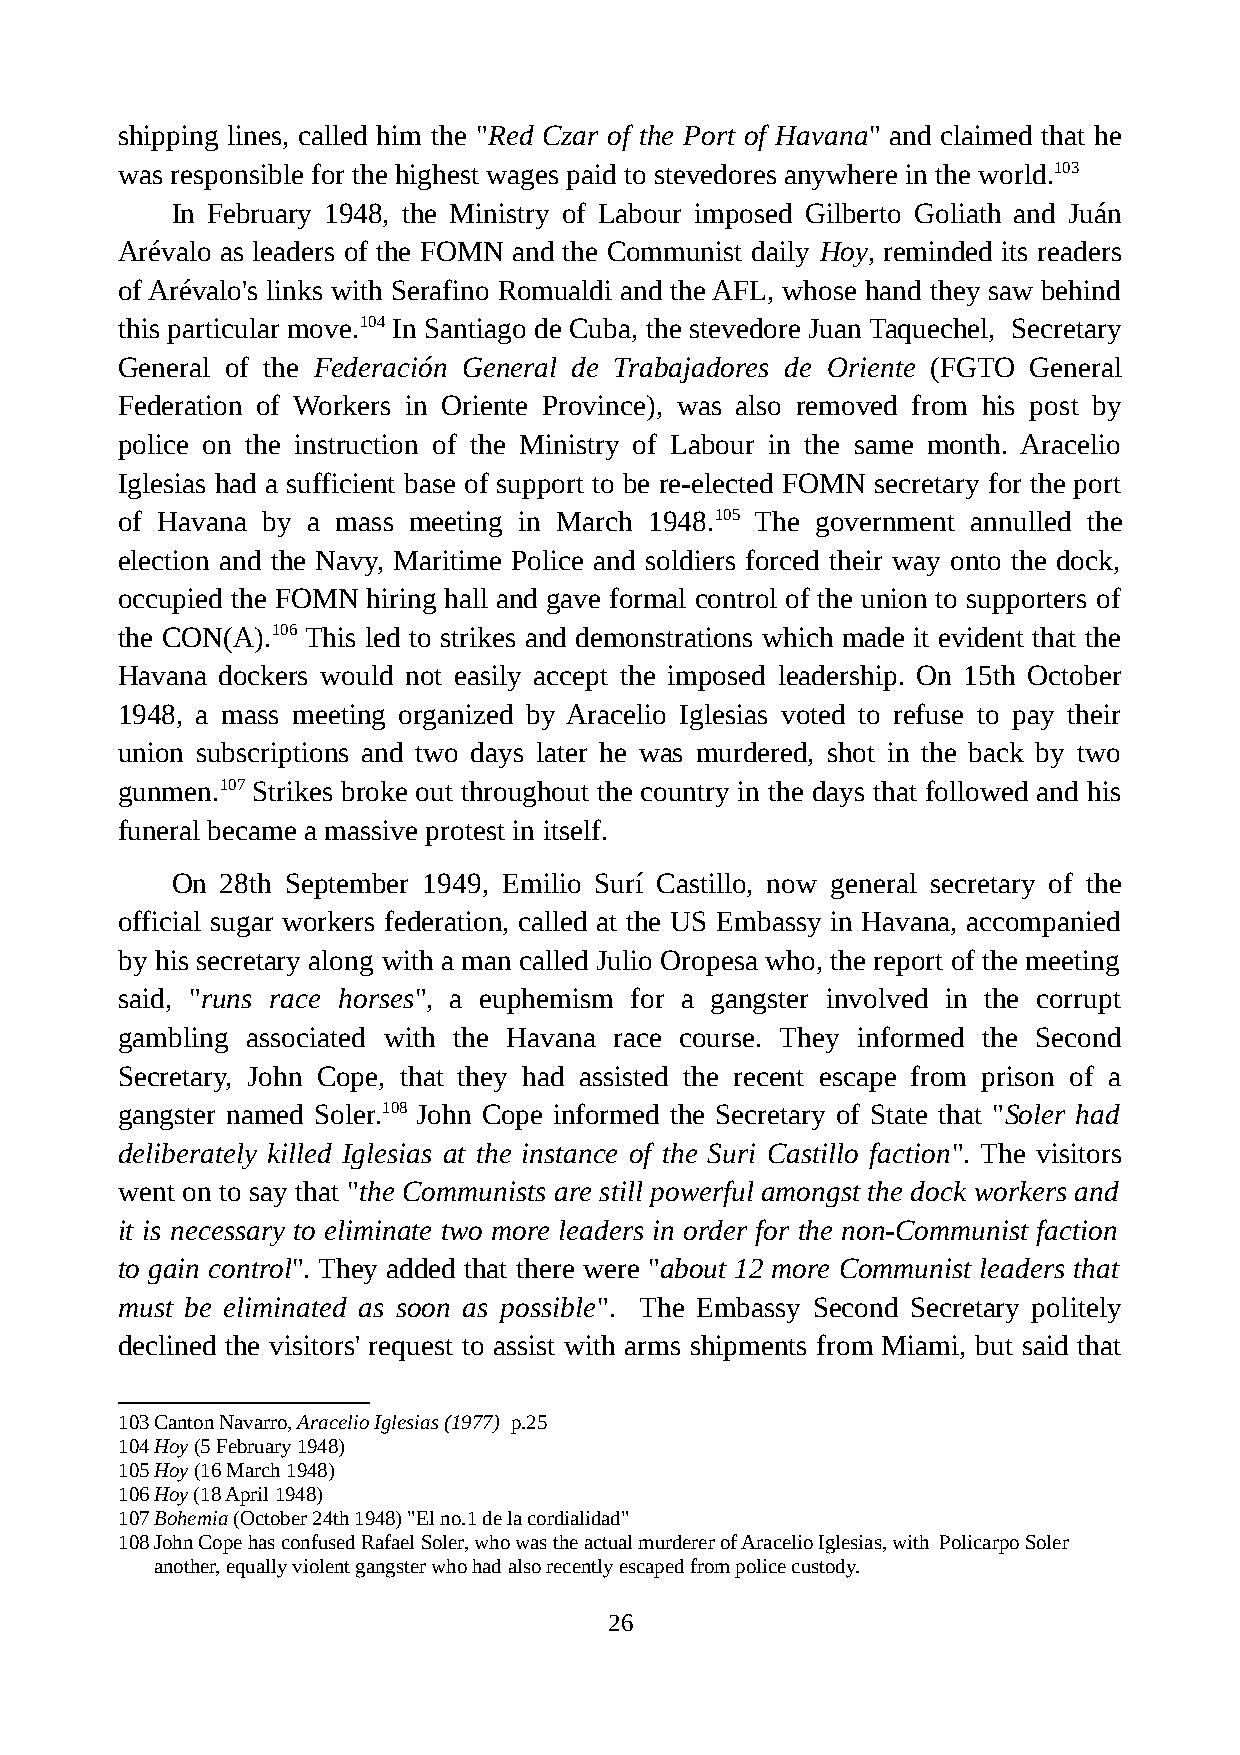
shipping lines, called him the "Red Czar of the Port of Havana" and claimed that he
 was responsible for the highest wages paid to stevedores anywhere in the world.103
 In February 1948, the Ministry of Labour imposed Gilberto Goliath and Juán
 Arévalo as leaders of the FOMN and the Communist daily Hoy, reminded its readers
 of Arévalo's links with Serafino Romualdi and the AFL, whose hand they saw behind
 this particular move.104 In Santiago de Cuba, the stevedore Juan Taquechel, Secretary
 General of the Federación General de Trabajadores de Oriente (FGTO General
 Federation of Workers in Oriente Province), was also removed from his post by
 police on the instruction of the Ministry of Labour in the same month. Aracelio
 Iglesias had a sufficient base of support to be re-elected FOMN secretary for the port
 of Havana by a mass meeting in March 1948.105 The government annulled the
 election and the Navy, Maritime Police and soldiers forced their way onto the dock,
 occupied the FOMN hiring hall and gave formal control of the union to supporters of
 the CON(A).106 This led to strikes and demonstrations which made it evident that the
 Havana dockers would not easily accept the imposed leadership. On 15th October
 1948, a mass meeting organized by Aracelio Iglesias voted to refuse to pay their
 union subscriptions and two days later he was murdered, shot in the back by two
 gunmen.107 Strikes broke out throughout the country in the days that followed and his
 funeral became a massive protest in itself.
 On  28th September 1949, Emilio Surí Castillo, now general secretary of the
 official sugar workers federation, called at the US Embassy in Havana, accompanied
 by his secretary along with a man called Julio Oropesa who, the report of the meeting
 said, "runs race horses", a euphemism for a gangster involved in the corrupt
 gambling associated with the Havana race course. They informed the Second
 Secretary, John Cope, that they had assisted the recent escape from prison of a
 gangster named Soler.108 John Cope informed the Secretary of State that "Soler had
 deliberately killed Iglesias at the instance of the Suri Castillo faction". The visitors
 went on to say that "the Communists are still powerful amongst the dock workers and
 it is necessary to eliminate two more leaders in order for the non-Communist faction
 to gain control". They added that there were "about 12 more Communist leaders that
 must be eliminated as soon as possible". The Embassy Second Secretary politely
 declined the visitors' request to assist with arms shipments from Miami, but said that
 103Canton Navarro, Aracelio Iglesias (1977) p.25
 104Hoy (5 February 1948)
 105Hoy (16 March 1948)
 106Hoy (18 April 1948)
 107Bohemia (October 24th 1948) "El no.1 de la cordialidad"
 108John Cope has confused Rafael Soler, who was the actual murderer of Aracelio Iglesias, with Policarpo Soler
 another, equally violent gangster who had also recently escaped from police custody.
 26